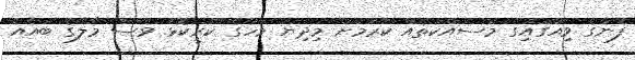
ފެނުގެ ވިއުގައިގެ މަސައްކަތެއް ކުރުމަށް މިދިޔަ މަހުގެ ކުރީކޮޅު ވެސް މާލޭގެ ބައެއް